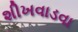
શીખવાડવા